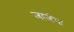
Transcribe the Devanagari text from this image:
जाजेफ